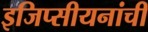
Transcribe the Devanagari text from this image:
इजिप्सीयनांची